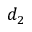
d _ { 2 }